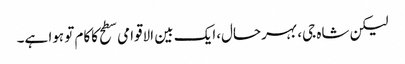
لیکن شاہ جی، بہرحال،ایک بین الاقوامی سطح کاکام تو ہوا ہے۔